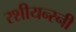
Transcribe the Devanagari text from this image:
रशीयन्स्नी